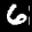
Label: 6